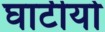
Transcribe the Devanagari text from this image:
घाटीयो